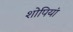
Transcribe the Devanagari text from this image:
शोपियां